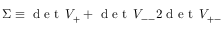
\Sigma \equiv \textup { d e t } \, V _ { + } + \textup { d e t } \, V _ { -- } 2 \textup { d e t } \, V _ { + - }